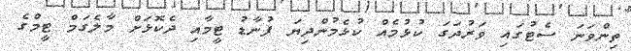
ތިންވަނަ ސެޓުގައި ވަރުދަގަ ކުޅުމެއް ކުޅެމުންދިޔަ ފުނާޑު ޓީމާއި ދެކޮޅަށް މާލެގަމް ޓީމްގެ